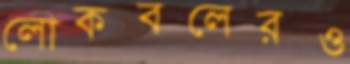
লোকবলেরও